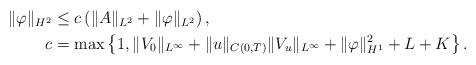
LaTeX: \begin{align*}\|\varphi\|_{H^2} &\leq c\left(\|A\|_{L^2}+\|\varphi\|_{L^2} \right),\\c&=\max\left\{1,\|V_0\|_{L^\infty}+\|u\|_{C(0,T)}\|V_u\|_{L^\infty}+\|\varphi\|_{H^1}^2+L+K\right\}.\end{align*}